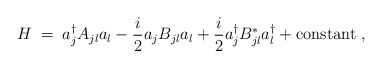
\begin{align*}H\;=\;a_j^\dagger A_{jl} a_l - \frac{i}{2} a_j B_{jl} a_l + \frac{i}{2} a_j^\dagger B^*_{jl} a_l^\dagger + {\rm constant}\;,\end{align*}